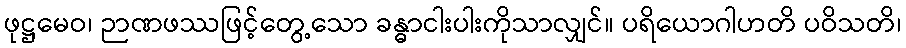
ဖုဋ္ဌမေဝ၊ ဉာဏဖဿဖြင့်တွေ့သော ခန္ဓာငါးပါးကိုသာလျှင်။ ပရိယောဂါဟတိ ပဝိသတိ၊